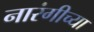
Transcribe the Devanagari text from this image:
नारंगीच्या